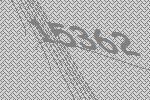
15362